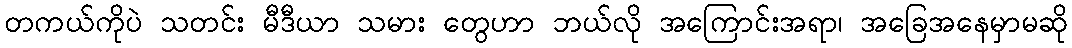
တကယ်ကိုပဲ သတင်း မီဒီယာ သမား တွေဟာ ဘယ်လို အကြောင်းအရာ၊ အခြေအနေမှာမဆို